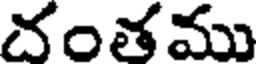
దంతము